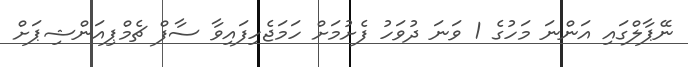
ނޭޕާލްގައި އަންނަ މަހުގެ 1 ވަނަ ދުވަހު ފެށުމަށް ހަމަޖެހިފައިވާ ސާފް ޗެމްޕިއަންޝިޕަށް